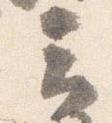
云